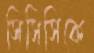
সিসিসিকে